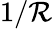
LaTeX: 1/\mathcal{R}